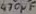
Text: 470µF